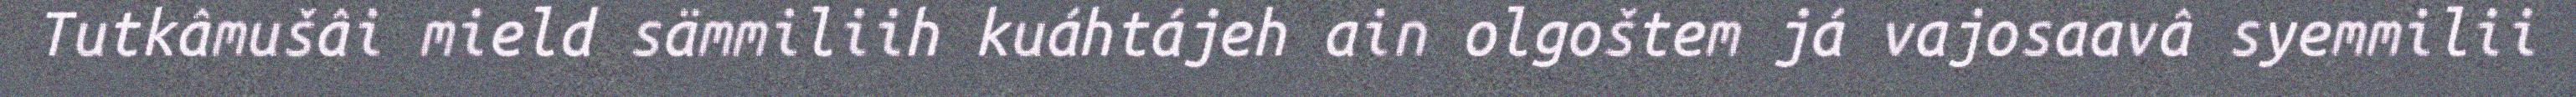
Tutkâmušâi mield sämmiliih kuáhtájeh ain olgoštem já vajosaavâ syemmilii